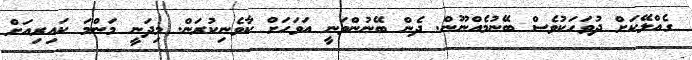
ގެއްލޭކަށް ދުވަހަކުވެސް ބޭނުމެއްނޫން. ދެން ބޭނުންވަނީ އަވަހަށް ކާވެނިކުރަން. މިދަނީ މަންމަ ކައިރިއަށް